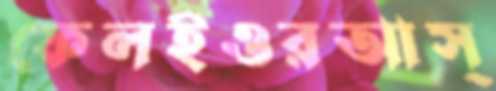
ফেলইওরআস্